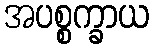
အပစ္စက္ခာယ